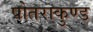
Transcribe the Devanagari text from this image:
पोतराकुण्ड